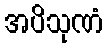
အပိသုဏံ